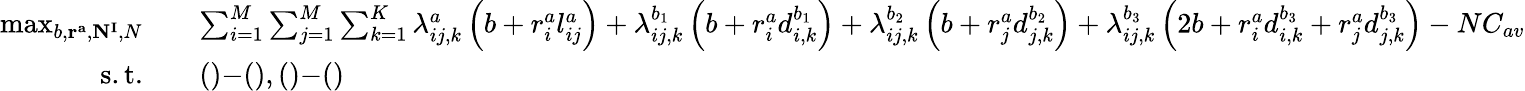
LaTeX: \begin{array}{rl}{\operatorname*{max}_{b,\mathbf{r^{a}},\mathbf{N^{I}},N}\quad}&{\sum_{i=1}^{M}\sum_{j=1}^{M}\sum_{k=1}^{K}\lambda_{ij,k}^{a}\left(b+r_{i}^{a}l_{ij}^{a}\right)+\lambda_{ij,k}^{b_{1}}\left(b+r_{i}^{a}d_{i,k}^{b_{1}}\right)+\lambda_{ij,k}^{b_{2}}\left(b+r_{j}^{a}d_{j,k}^{b_{2}}\right)+\lambda_{ij,k}^{b_{3}}\left(2b+r_{i}^{a}d_{i,k}^{b_{3}}+r_{j}^{a}d_{j,k}^{b_{3}}\right)-NC_{av}}\\ {\mathrm{s.t.}\quad}&{()\mathrm{-}(),()\mathrm{-}()}\end{array}